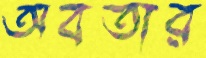
অবতার